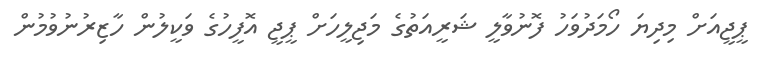
ޕީޖީއަށް މިދިޔަ ހޯމަދުވަހު ފޮނުވާލީ ޝަރީއަތުގެ މަޖިލީހަށް ޕީޖީ އޮފީހުގެ ވަކީލުން ހާޒިރުނުވުމުން